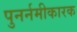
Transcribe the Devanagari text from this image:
पुनर्नमीकारक